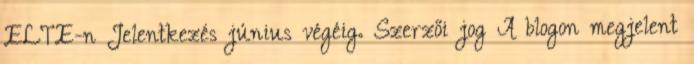
ELTE-n Jelentkezés június végéig. Szerzői jog A blogon megjelent